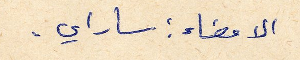
الامضاء: ساراي.